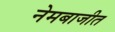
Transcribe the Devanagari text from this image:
नेमबाजीत